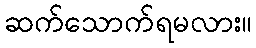
ဆက်သောက်ရမလား။